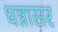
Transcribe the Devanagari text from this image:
धन्नासर